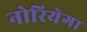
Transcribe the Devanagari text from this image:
नोरियेगा